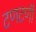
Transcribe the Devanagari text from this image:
टणटणी